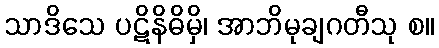
သာဒိသေ ပဋိနိဓိမှိ၊ အာဘိမုချဂတီသု စ။